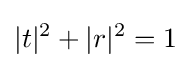
|t|^{2}+|r|^{2}=1